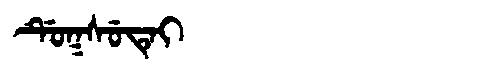
Manchu: ᡩᡠᡴᠰᡠᡨᡝᡳ
Romanization: DUKSUTEI